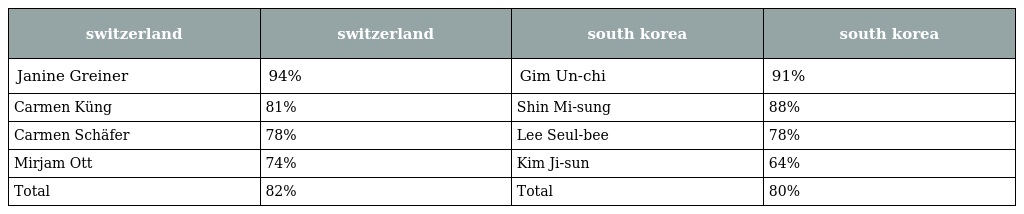
| switzerland | switzerland | south korea | south korea |
 | --- | --- | --- | --- |
 | Janine Greiner | 94% | Gim Un-chi | 91% |
 | Carmen Küng | 81% | Shin Mi-sung | 88% |
 | Carmen Schäfer | 78% | Lee Seul-bee | 78% |
 | Mirjam Ott | 74% | Kim Ji-sun | 64% |
 | Total | 82% | Total | 80% |